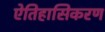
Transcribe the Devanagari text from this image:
ऐतिहासिकरण